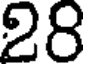
28